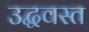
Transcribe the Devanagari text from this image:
उद्धवस्त